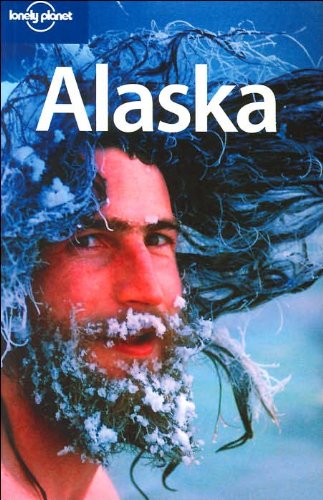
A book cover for Lonely Planet Alaska (Regional Guide); Jim DuFresne; Travel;